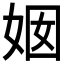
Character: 𱙏